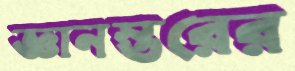
জ্ঞানস্তরের